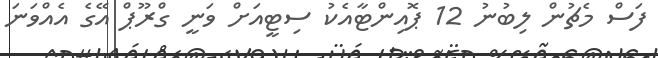
ފަސް މެޗުން ލިބުނު 12 ޕޮއިންޓާއެކު ސިޓީއަށް ވަނީ ގްރޫޕް އޭގެ އެއްވަނަ